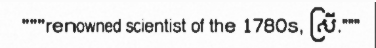
"""renowned scientist of the 1780s, ស្រី."""